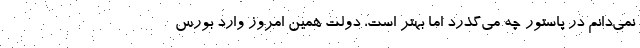
نمی‌دانم در پاستور چه می‌گذرد اما بهتر است، دولت همین امروز وارد بورس